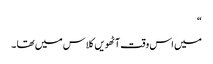
“
میں اس وقت آٹھویں کلاس میں تھا ۔